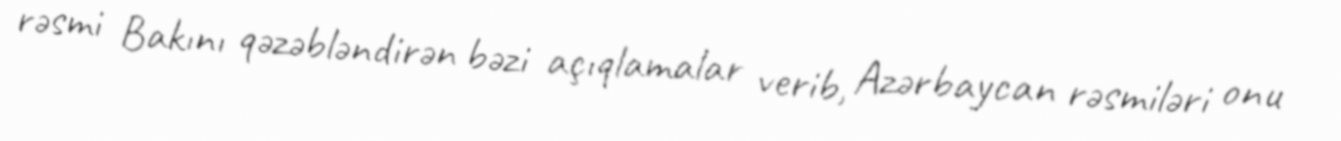
rəsmi Bakını qəzəbləndirən bəzi açıqlamalar verib, Azərbaycan rəsmiləri onu